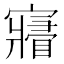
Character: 𡫧